Report on plague in the Punjab from October 1st ... to September 30th ..., being the ... season of plague in the province
Disease focus: Plague
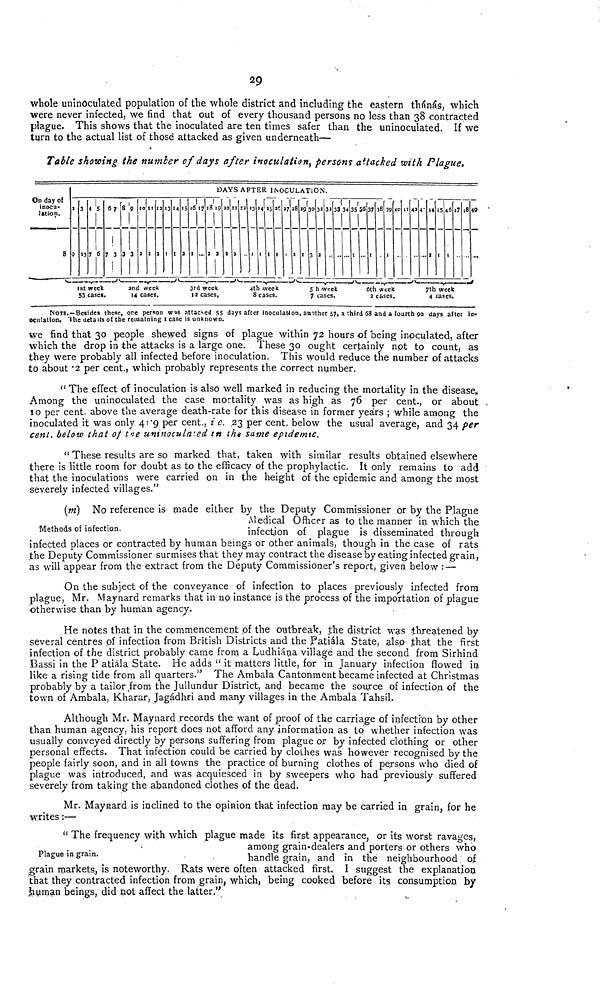
29
whole uninoculated population of the whole district and including the eastern thánás, which
were never infected, we find that out of every thousand persons no less than 38 contracted
plague. This shows that the inoculated are ten times safer than the uninoculated. If we
turn to the actual list of those attacked as given underneath—
Table showing the number of days after inoculation, persons attacked with Plague.
On day of
inocu-
lation.
8
DAYS AFTER INOCULATION.
2
9
3
13 7
s
6
6
7
1st week
53 cases.
7
3
8
3
g
•
10 I! 12 13 14
2nd week
14 cases.
15 16 17 18 19 20
3rd week
12 cases,
21 23 »3
1
24
1
25
I
26
I
4th week
8 cases.
28
2 I
30
3
31
2
32 33 34
S h week
7 cases.
35
I
37 38 39 40 41
6th week
2 cases.
42 V 44 45 46 47 48 49
...
7th week
4 cases.
NOTE.-Besides these, ore person Was attached 55 days after inoculation, another 57, a third 68 and a fourth 90 days after in-
oculation. The details of the remaining 1 case is unknown.
we find that 30 people shewed signs of plague within 72 hours of being inoculated, after
which the drop in the attacks is a large one. These 30 ought certainly not to count, as
they were probably all infected before inoculation. This would reduce the number of attacks
to about .2 per cent., which probably represents the correct number.
" The effect of inoculation is also well marked in reducing the mortality in the disease
Among the uninoculated the case mortality was as high as 76 per cent., or about .
10 per cent, above the average death-rate for this disease in former years ; while among the
inoculated it was only 41.9 per cent., i e. .23 per cent, below the usual average, and 34 per
cent, below that of the uninoculated in the same eptdemtc.
" These results are so marked that, taken with similar results obtained elsewhere
there is little room for doubt as to the efficacy of the prophylactic. It only remains to add
that the inoculations were carried on in the height of the epidemic and among the most
severely infected villages."
Methods of infection.
(ni) No reference is made either by the Deputy Commissioner or by the Plague
Medical Officer as to the manner in which the
infection of plague is disseminated through
infected places or contracted by human beings or other animals, though in the case of rats
the Deputy Commissioner surmises that they may contract the disease by eating infected grain,
as will appear from the extract from the Deputy Commissioner's report, given below : —
On the subject of the conveyance of infection to places previously infected from
plague, Mr. Maynard remarks that in no instance is the process of the importation of plague
otherwise than by human agency.
He notes that in the commencement pi the outbreak, the district was threatened by
several centres of infection from British Districts and the Patiála State, also that the first
infection of the district probably came from a Ludhiána village and the second from Sirhind
Bassi in the P atiála State. He adds " it matters little, for in January infection flowed in
like a rising tide from all quarters." The Ambala Cantonment became infected at Christmas
probably by a tailor from the Jullundur District, and became the source of infection of the
town of Ambala, Kharar, Jagádhri and many villages in the Ambala Tahsil.
Although Mr. Maynard records the want of proof of the carriage of infection by other
than human agency, his report does not afford any information as to whether infection was
usually conveyed directly by persons suffering from plague or by infected clothing or other
personal effects. That infection could be carried by clothes was however recognised by the
people fairly soon, and in all towns the practice of burning clothes of persons who died of
plague was introduced, and was acquiesced in by sweepers who had previously suffered
severely from taking the abandoned clothes of the dead.
Mr. Mayprard is inclined to the opinion that infection may be carried in grain, for he
writes :—
Plague in grain.
" The frequency with which plague made its first appearance, or its worst ravages,
among grain-dealers and porters or others who
handle grain, and in the neighbourhood of
grain markets, is noteworthy. Rats were often attacked first. I suggest the explanation
that they contracted infection from grain, which, being cooked before its consumption by
human beings, did not affect the latter."